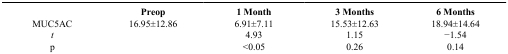
|  | Preop | 1 Month | 3 Months | 6 Months |
 | --- | --- | --- | --- | --- |
 | MUC5AC | 16.95±12.86 | 6.91±7.11 | 15.53±12.63 | 18.94±14.64 |
 | t |  | 4.93 | 1.15 | −1.54 |
 | p |  | <0.05 | 0.26 | 0.14 |